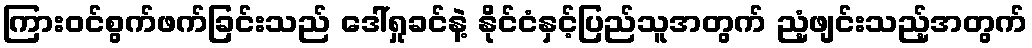
ကြားဝင်စွက်ဖက်ခြင်းသည် ဒေါ်ရှုခင်နဲ့ နိုင်ငံနှင့်ပြည်သူအတွက် ညံ့ဖျင်းသည့်အတွက်